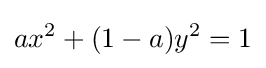
ax^{2}+(1-a)y^{2}=1